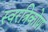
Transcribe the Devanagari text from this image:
स्वरत्रिकोण